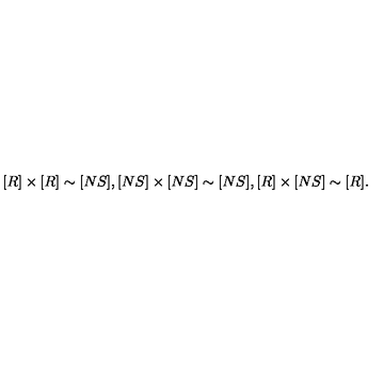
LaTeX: [ R ] \times [ R ] \sim [ N S ] , [ N S ] \times [ N S ] \sim [ N S ] , [ R ] \times [ N S ] \sim [ R ] .